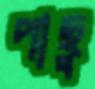
পাছু